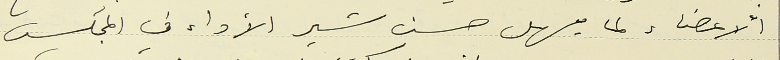
الأعضاء لما يسهل حسن سير الأداء في المجلس